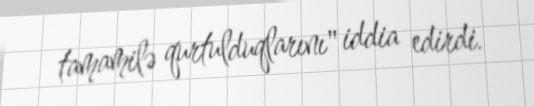
tamamilə qurtulduqlarını" iddia edirdi.